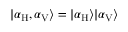
| \alpha _ { \mathrm { H } } , \alpha _ { \mathrm { V } } \rangle = | \alpha _ { \mathrm { H } } \rangle | \alpha _ { \mathrm { V } } \rangle